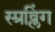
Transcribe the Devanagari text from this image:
स्प्रव्लिंग